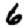
Digit: 6